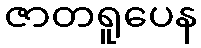
ဇာတရူပေန